Plague in India, 1896, 1897 - Volume 1
Year: 1896
Disease focus: Plague
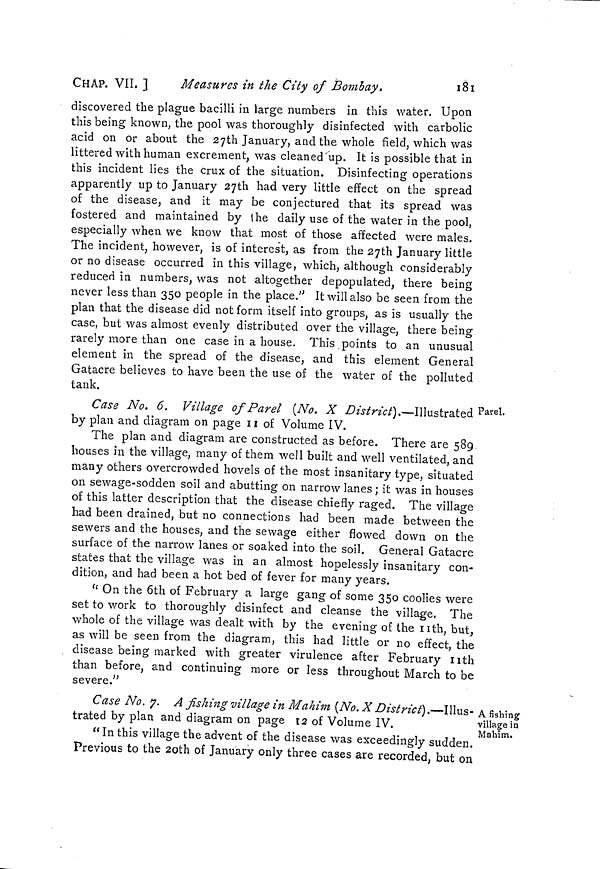
CHAP. VII. 1
Measures in the City of Bombay.
181
discovered the plague bacilli in large numbers in this water. Upon
this being known, the pool was thoroughly disinfected with carbolic
acid on or about the 27th January, and the whole field, which was
littered with human excrement, was cleaned up. It is possible that in
this incident lies the crux of the situation. Disinfecting operations
apparently up to January 27th had very little effect on the spread
of the disease, and it may be conjectured that its spread was
fostered and maintained by (he daily use of the water in the pool,
especially when we know that most of those affected were males.
The incident, however, is of interest, as from the 27th January little
or no disease occurred in this village, which, although considerably
reduced in numbers, was not altogether depopulated, there being
never less than 350 people in the place." It will also be seen from the
plan that the disease did not form itself into groups, as is usually the
case, but was almost evenly distributed over the village, there being
rarely more than one case in a house. This points to an unusual
element in the spread of the disease, and this element General
Gatacre believes to have been the use of the water of the polluted
tank.
Parel.
Case No. 6. Village of Parel (No. X District).—Illustrated Parel.
by plan and diagram on page 11 of Volume IV.
The plan and diagram are constructed as before. There are 589
houses in the village, many of them well built and well ventilated, and
many others overcrowded hovels of the most insanitary type, situated
on sewage-sodden soil and abutting on narrow lanes ; it was in houses
of this latter description that the disease chiefly raged. The village
had been drained, but no connections had been made between the
sewers and the houses, and the sewage either flowed down on the
surface of the narrow lanes or soaked into the soil. General Gatacre
states that the village was in an almost hopelessly insanitary con-
dition, and had been a hot bed of fever for many years.
"On the 6th of February a large gang of some 350 coolies were
set to work to thoroughly disinfect and cleanse the village. The
whole of the village was dealt with by the evening of the nth, but,
as will be seen from the diagram, this had little or no effect, the
disease being marked with greater virulence after February nth
than before, and continuing more or less throughout March to be
severe."
A fishing
village in
Mahira.
Case No. 7. A fishing milage in Mahim (No. X District).—Illus-
trated by plan and diagram on page t2 of Volume IV.
"In this village the advent of the disease was exceedingly sudden.
Previous to the 20th of January only three cases are recorded, but on